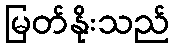
မြတ်နိုးသည်